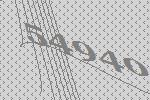
54940